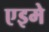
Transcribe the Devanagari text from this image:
एइमे